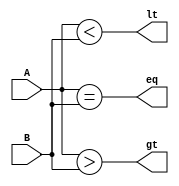
module bit_compare(
	output lt,eq,gt,
	input [3:0] A,B
);
	assign lt=(A<B);
	assign eq=(A==B);
	assign gt=(A>B);

endmodule